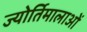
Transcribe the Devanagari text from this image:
ज्योर्तिमालाओं